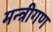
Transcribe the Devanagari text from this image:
मन्त्रीगण